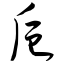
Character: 卮